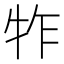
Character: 㸲